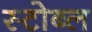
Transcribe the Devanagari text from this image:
स्टोब्ल